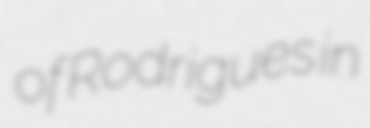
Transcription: of Rodrigues in